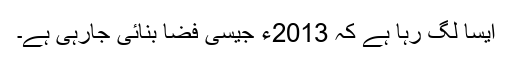
ایسا لگ رہا ہے کہ 2013ء جیسی فضا بنائی جارہی ہے۔